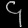
Digit: ၄